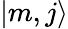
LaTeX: |m,j\rangle